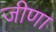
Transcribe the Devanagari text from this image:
जीणा